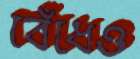
বেঁধেও